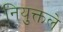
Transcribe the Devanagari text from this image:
नियुक्तले